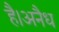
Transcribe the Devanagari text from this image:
है।अनैध